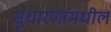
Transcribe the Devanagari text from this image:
सुधारणांमधील